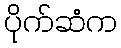
ပိုက်ဆံက